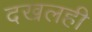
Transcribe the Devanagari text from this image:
दखलही